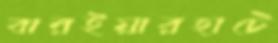
বারইয়ারহাটে